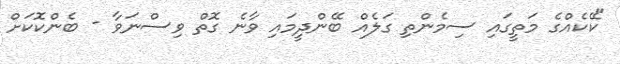
"ކޭކެއްގެ މަތީގައި ސިމެންތި ގަލެއް ބޭންދީމައި ވާނެ ގޮތް ވިސްނަވާ - ބެންކޮކަށް